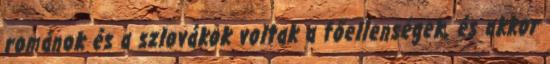
románok és a szlovákok voltak a főellenségek, és akkor